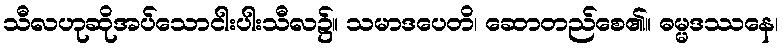
သီလဟုဆိုအပ်သောငါးပါးသီလ၌။ သမာဒပေတိ၊ ဆောတည်စေ၏။ ဓမ္မဒဿနေ၊